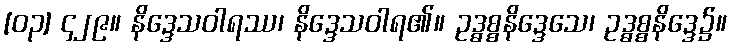
[၀၃] ၄၂၉။ နိဒ္ဒေသဝါရဿ၊ နိဒ္ဒေသဝါရ၏။ ဥဒ္ဓစ္စနိဒ္ဒေသေ၊ ဥဒ္ဓစ္စနိဒ္ဒေ၌။